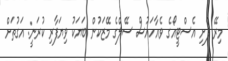
މިރޭ ފެށި އެސްޓީއޯގެ ވެއާހައުސް ސޭލްގެ މޭޒަކުން ބަޔަކު ވިޔަފާރި ކުރަނީ: އަގުތަށް